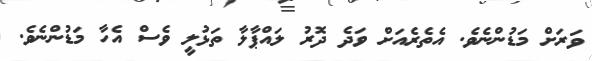
ވަރަށް މަޑުންނެވެ. އެތެރެއަށް ވަދެ ދޮރު ލައްޕާލާ ތަޅުލީ ވެސް އެހާ މަޑުންނެވެ.